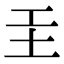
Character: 𡉐